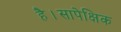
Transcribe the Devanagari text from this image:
है।सापेक्षिक